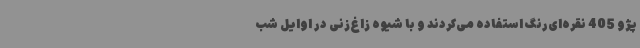
پژو 405 نقره‌ای‌رنگ استفاده می‌کردند و با شیوه زاغ‌زنی در اوایل شب